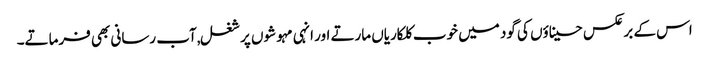
اس کے برعکس حسیناؤں کی گود میں خوب کلکاریاں مارتے اور انہی مہوشوں پر شغل,آب رسانی بھی فرماتے۔